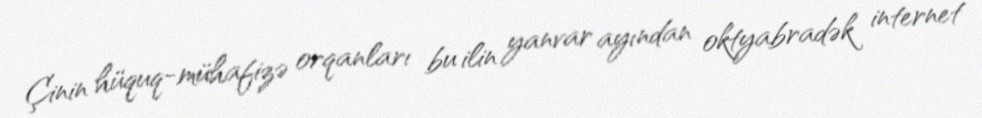
Çinin hüquq-mühafizə orqanları bu ilin yanvar ayından oktyabradək internet